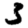
Digit: 3